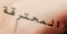
المحترقة